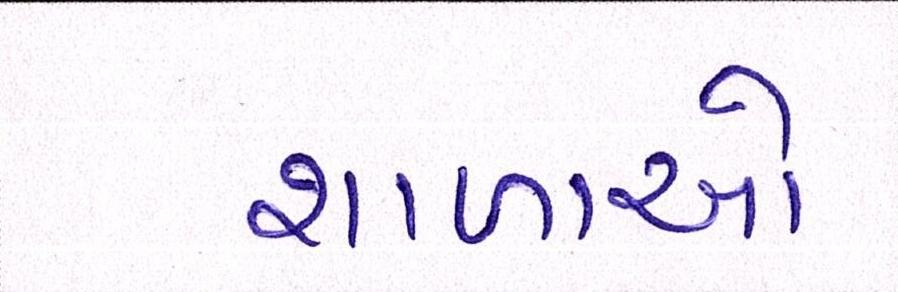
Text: શાળાઓ